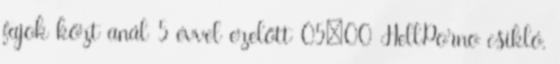
fajok közt anál 5 évvel ezelőtt 05:00 HellPorno csikló,